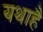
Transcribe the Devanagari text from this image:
यथाहै